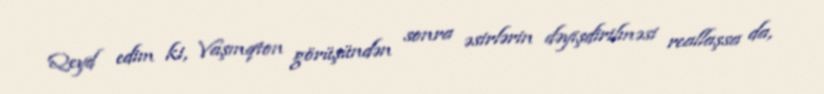
Qeyd edim ki, Vaşınqton görüşündən sonra əsirlərin dəyişdirilməsi reallaşsa da,